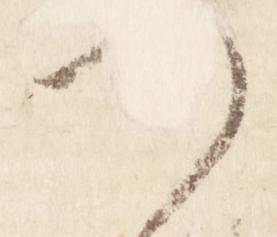
つ